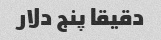
دقیقا پنج دلار